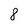
Character: 8